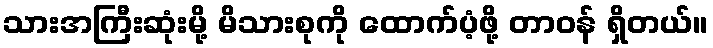
သားအကြီးဆုံးမို့ မိသားစုကို ထောက်ပံ့ဖို့ တာဝန် ရှိတယ်။